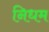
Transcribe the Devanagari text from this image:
निधम